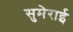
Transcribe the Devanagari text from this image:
सुमेराई